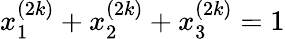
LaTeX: x_{1}^{(2k)}+x_{2}^{(2k)}+x_{3}^{(2k)}=1